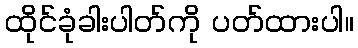
ထိုင်ခုံခါးပါတ်ကို ပတ်ထားပါ။